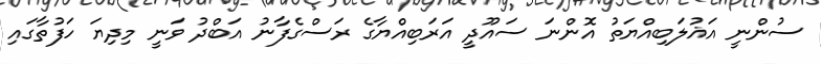
ސުންނީ އަޣުލަބިއްޔަތު އޮންނަ ސައޫދީ އަރަބިއްޔާގެ ރަސްގެފާނު އަބްދު ވަނީ މިދިޔަ ހަފުތާގައި